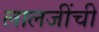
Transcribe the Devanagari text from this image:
लालजींची